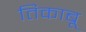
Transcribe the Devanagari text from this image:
तिकाबू